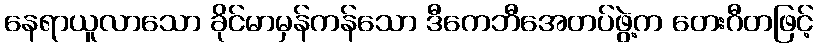
နေရာယူလာသော ခိုင်မာမှန်ကန်သော ဒီကေဘီအေတပ်ဖွဲ့က တေးဂီတဖြင့်